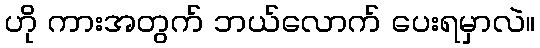
ဟို ကားအတွက် ဘယ်လောက် ပေးရမှာလဲ။